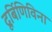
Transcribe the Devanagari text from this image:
दूर्बिणिविना